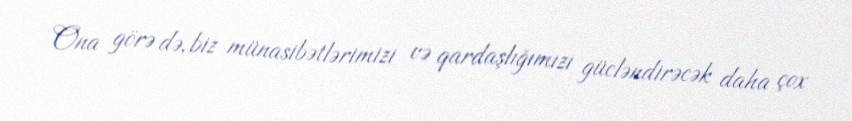
Ona görə də, biz münasibətlərimizi və qardaşlığımızı gücləndirəcək daha çox